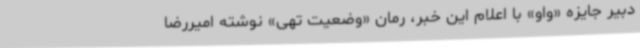
دبیر جایزه «واو» با اعلام این خبر، رمان «وضعیت تهی» نوشته‌ امیررضا